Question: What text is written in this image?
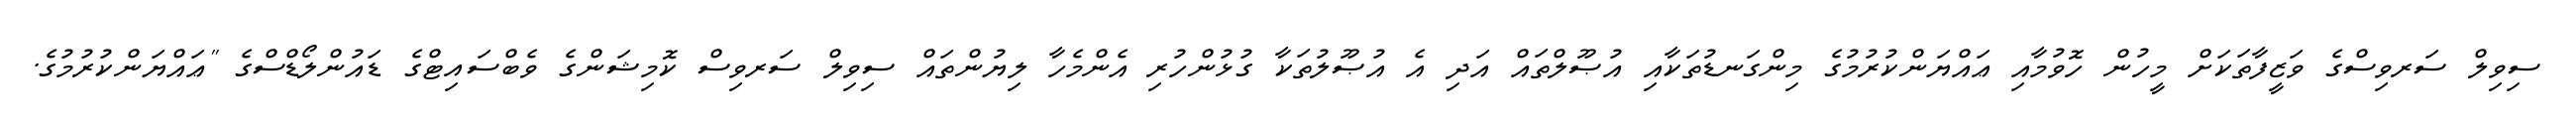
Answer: ސިވިލް ސަރވިސްގެ ވަޒީފާތަކަށް މީހުން ހޮވުމާއި ޢައްޔަންކުރުމުގެ މިންގަނޑުތަކާއި އުޞޫލްތައް އަދި އެ އުޞޫލުތަކާ ގުޅުންހުރި އެންމެހާ ލިޔުންތައް ސިވިލް ސަރވިސް ކޮމިޝަންގެ ވެބްސައިޓްގެ ޑައުންލޯޑްސްގެ "ޢައްޔަންކުރުމުގެ.